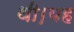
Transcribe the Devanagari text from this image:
थी।यह